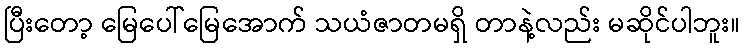
ပြီးတော့ မြေပေါ်မြေအောက် သယံဇာတမရှိ တာနဲ့လည်း မဆိုင်ပါဘူး။